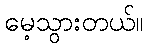
မေ့သွားတယ်။